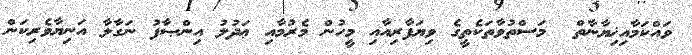
ވައްކަމާއިޚިޔާނާތް  މަސްތުވާތަކެތީގެ ވިޔަފާރިއާއި މީހުން މެރުމާއި ޢަދުލު އިންޞާފު ނަގާލާ އަނިޔާވެރިކަން